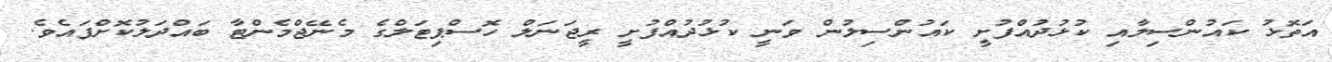
އަތޮޅު ކައުންސިލާއި ކުޅުދުއްފުށީ ކައުންސިލުން ވަނީ ކުޅުދުއްފުށީ ރީޖަނަލް ހޮސްޕިޓަލްގެ މެނޭޖްމެންޓާ ބައްދަލުކޮށްފައެވެ.